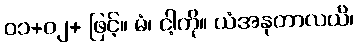
၀၁+၀၂+ ဖြင့်။ မံ၊ ငါ့ကို။ ယံအနုတာလယိ၊